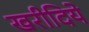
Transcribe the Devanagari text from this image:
खरीदिये